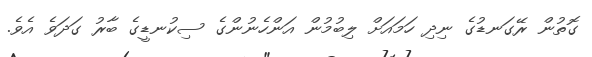
ގޮތުން ރޭގަނޑުގެ ނިދި ހަމައަށް ލިބުމުން އަންހެނުންގެ ސިކުނޑީގެ ބާރު ގަދަވެ އެވެ.